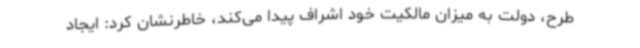
طرح، دولت به میزان مالکیت خود اشراف پیدا می‌کند، خاطرنشان کرد: ایجاد